Report on the lunatic asylums under the Government of Bombay - 1904-1913
Year: 1904
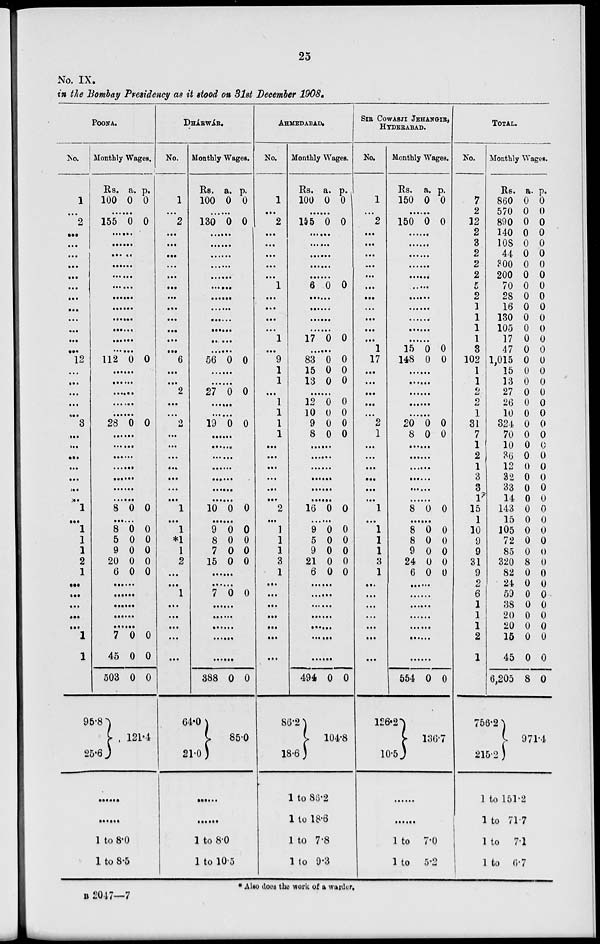
25
No. IX.
in the Bombay Presidency as it stood on 31st December 1908.
POONA.
No.
1
...
2
...
...
...
...
...
...
...
...
...
...
...
...
12
...
...
...
...
...
3
...
...
...
...
...
...
...
1
...
1
1
1
2
1
...
...
...
...
...
1
1
Monthly Wages.
Rs.
100
a.
0
p.
0
......
155 0 0
......
......
......
......
......
......
......
......
......
......
......
......
112 0 0
......
......
......
......
......
28 0 0
......
......
......
......
......
......
......
8 0 0
......
8
5
9
20
6
0
0
0
0
0
0
0
0
0
0
......
......
......
......
......
7
45
503
95.8
25.6
0
0
0
0
0
0
121.4
......
......
1 to 8.0
1 to 8.5
DHÁRWÁR.
No.
1
...
2
...
...
...
...
...
...
...
...
...
...
...
...
6
...
...
2
...
...
2
...
...
...
...
...
...
...
1
...
1
*1
1
2
...
...
1
...
...
...
...
...
Monthly Wages.
Rs.
100
a.
0
p.
0
......
130 0 0
......
......
......
......
......
......
......
......
......
......
......
......
56 0 0
......
......
21 0 0
......
......
19 0 0
......
......
......
......
......
......
......
10 0 0
......
9
8
7
15
0
0
0
0
0
0
0
0
......
......
7 0 0
......
......
......
......
......
388
64.0
21.0
0 0
85.0
......
......
1 to 8.0
1 to 10.5
AHMEDABAD.
No.
1
...
2
...
...
...
...
...
1
...
...
...
...
1
...
9
1
1
...
1
1
1
1
...
...
...
...
...
...
2
...
1
1
1
3
1
...
...
...
...
...
...
...
Monthly Wages.
Rs.
100
a.
0
p.
0
......
155 0 0
......
......
......
......
......
6 0 0
......
......
......
......
17 0 0
......
83
15
13
0
0
0
0
0
0
......
12
10
9
8
0
0
0
0
0
0
0
0
......
......
......
......
......
......
16 0 0
......
9
5
9
21
6
0
0
0
0
0
0
0
0
0
0
......
......
......
......
......
......
......
494
86.2
18.6
0 0
104.8
1 to 86.2
1 to 18.6
1 to 7.8
1 to 9.3
SIR COWASJI JEHANGIR,
HYDERABAD.
No.
1
...
2
...
...
...
...
...
...
...
...
...
...
...
1
17
...
...
...
...
...
2
1
...
...
...
...
...
...
1
...
1
1
1
3
1
...
...
...
...
...
...
...
Monthly Wages.
Rs.
150
a.
0
p.
0
......
150 0 0
......
......
......
......
......
......
......
......
......
......
......
15
148
0
0
0
0
......
......
......
......
......
20
8
0
0
0
0
......
......
......
......
......
......
8 0 0
......
8
8
9
24
6
0
0
0
0
0
0
0
0
0
0
......
......
......
......
......
......
......
554
126.2
10.5
0 0
136.7
......
......
1 to 7.0
1 to 5.2
TOTAL.
No.
7
2
12
2
3
2
2
2
5
2
1
1
1
1
3
102
1
1
2
2
1
31
7
1
2
1
3
3
1
15
1
10
9
9
31
9
2
6
1
1
1
2
1
Monthly Wages.
Rs.
860
570
890
140
108
44
300
200
70
28
16
130
105
17
47
1,015
15
13
27
26
10
324
70
10
36
12
32
33
14
143
15
105
72
85
320
82
24
59
38
20
20
15
45
6,205
756.2
215.2
a.
0
0
0
0
0
0
0
0
0
0
0
0
0
0
0
0
0
0
0
0
0
0
0
0
0
0
0
0
0
0
0
0
0
0
8
0
0
0
0
0
0
0
0
8
p.
0
0
0
0
0
0
0
0
0
0
0
0
0
0
0
0
0
0
0
0
0
0
0
0
0
0
0
0
0
0
0
0
0
0
0
0
0
0
0
0
0
0
0
0
971.1
1 to 151.2
1 to 71.7
1 to 7.1
1 to 6.7
* Also does the work of a warder.
B 2047—7